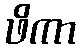
ဖိကာ